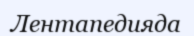
Лентапедияда